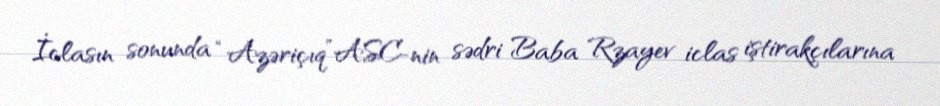
İclasın sonunda “Azəriçıq”ASC-nin sədri Baba Rzayev iclas iştirakçılarına